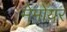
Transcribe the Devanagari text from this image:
मेमोयर